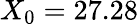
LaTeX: X_{0}=27.28